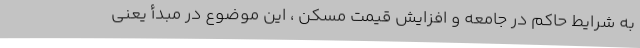
به شرایط حاکم در جامعه و افزایش قیمت مسکن ، این موضوع در مبدأ یعنی